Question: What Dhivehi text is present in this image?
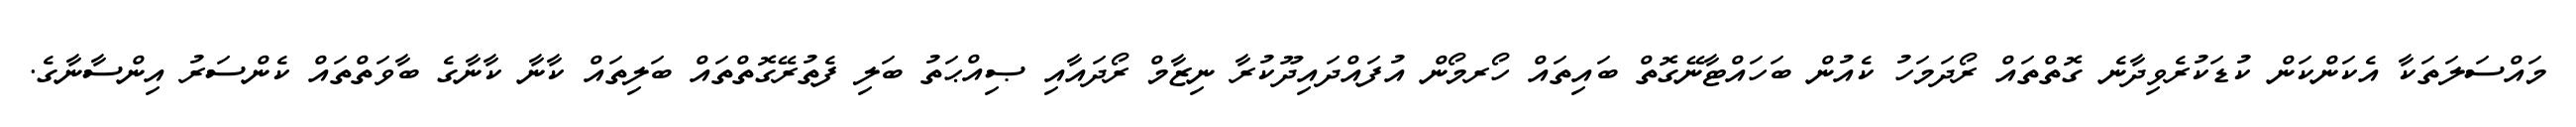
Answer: މައްސަލަތަކާ އެކަންކަން ކުޑަކުރެވިދާނެ ގޮތްތައް ރޯދަމަހު ކެއުން ބަހައްޓާނޭގޮތް ބައިތައް ހޯރމޯން އުފައްދައިދޫކުރާ ނިޒާމް ރޯދައާއި ޞިއްޙަތު ބަލި ފެތުރޭގޮތްތައް ބަލިތައް ކާނާ ކާނާގެ ބާވަތްތައް ކެންސަރު އިންސާނާގެ.